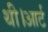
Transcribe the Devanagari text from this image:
थी।आर्ट